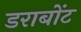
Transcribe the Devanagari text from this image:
डराबोंट